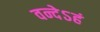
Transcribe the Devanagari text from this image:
वन्देऽहं